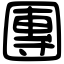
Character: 團